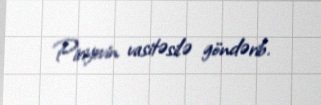
Piriyevin vasitəsilə göndərib.